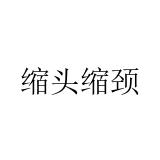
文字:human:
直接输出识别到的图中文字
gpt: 缩头缩颈